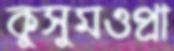
কুসুমওপ্রা